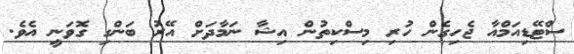
ސްޓޭޑިއަމްއާ ޖެހިގެން ހުރި މިސްކިތުން އިޝާ ނަމާދަށް އޭރު ބަންގި ގޮވަނީ އެވެ.